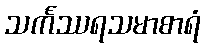
သင်္ကဿရသမာစာရံ